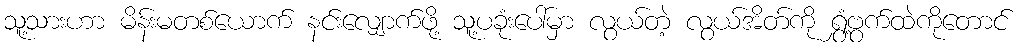
သူ့သားဟာ မိန်းမတစ်ယောက် နင်းလျှောက်ဖို့ သူ့ပခုံးပေါ်မှာ လွယ်တဲ့ လွယ်အိတ်ကို ရွှံ့ဗွက်ထဲကိုတောင်